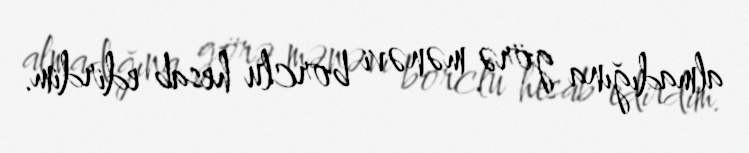
almadığına görə mənəvi borclu hesab edirdim.